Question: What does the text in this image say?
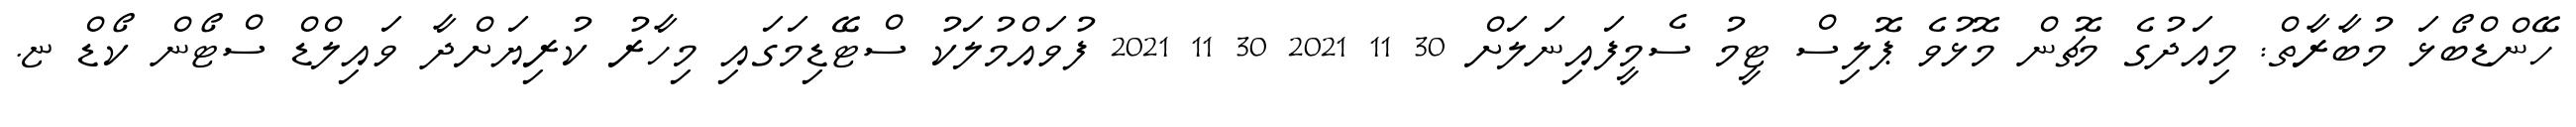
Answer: ހޭންޑްބޯޅަ މުބާރާތް: މިއަދުގެ މެޗުން މޮޅުވެ ޕޮލިސް ޓީމު ސެމީފައިނަލަށް 30 11 2021 30 11 2021 ފުވައްމުލަކު ސްޓޭޑިމަގައި މިހާރު ކުރިޔަށްދާ ވައިލްޑް ސްޓޯން ކޯޑް ޏ.